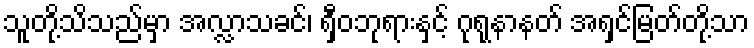
သူတို့သိသည်မှာ အလ္လာသခင်၊ ရှီဝဘုရားနှင့် ဂုရုနာနတ် အရှင်မြတ်တို့သာ